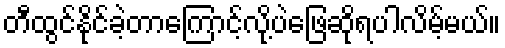
တီထွင်နိုင်ခဲ့တာကြောင့်လို့ပဲဖြေဆိုရပါလိမ့်မယ်။